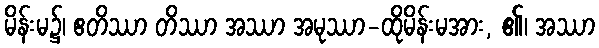
မိန်းမ၌၊ ဧတိဿာ တိဿာ အဿာ အမုဿာ-ထိုမိန်းမအား, ၏၊ အဿာ